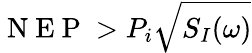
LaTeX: \mathrm{~N~E~P~}>P_{i}\sqrt{S_{I}(\omega)}